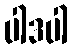
ပါဒပါ